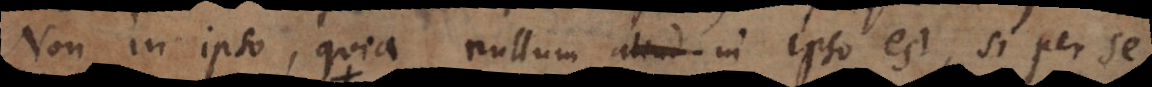
Non in ipso, quia nullum aliud in ipso est, si per se